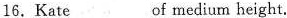
16.Kate___of medium height.